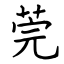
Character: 莞